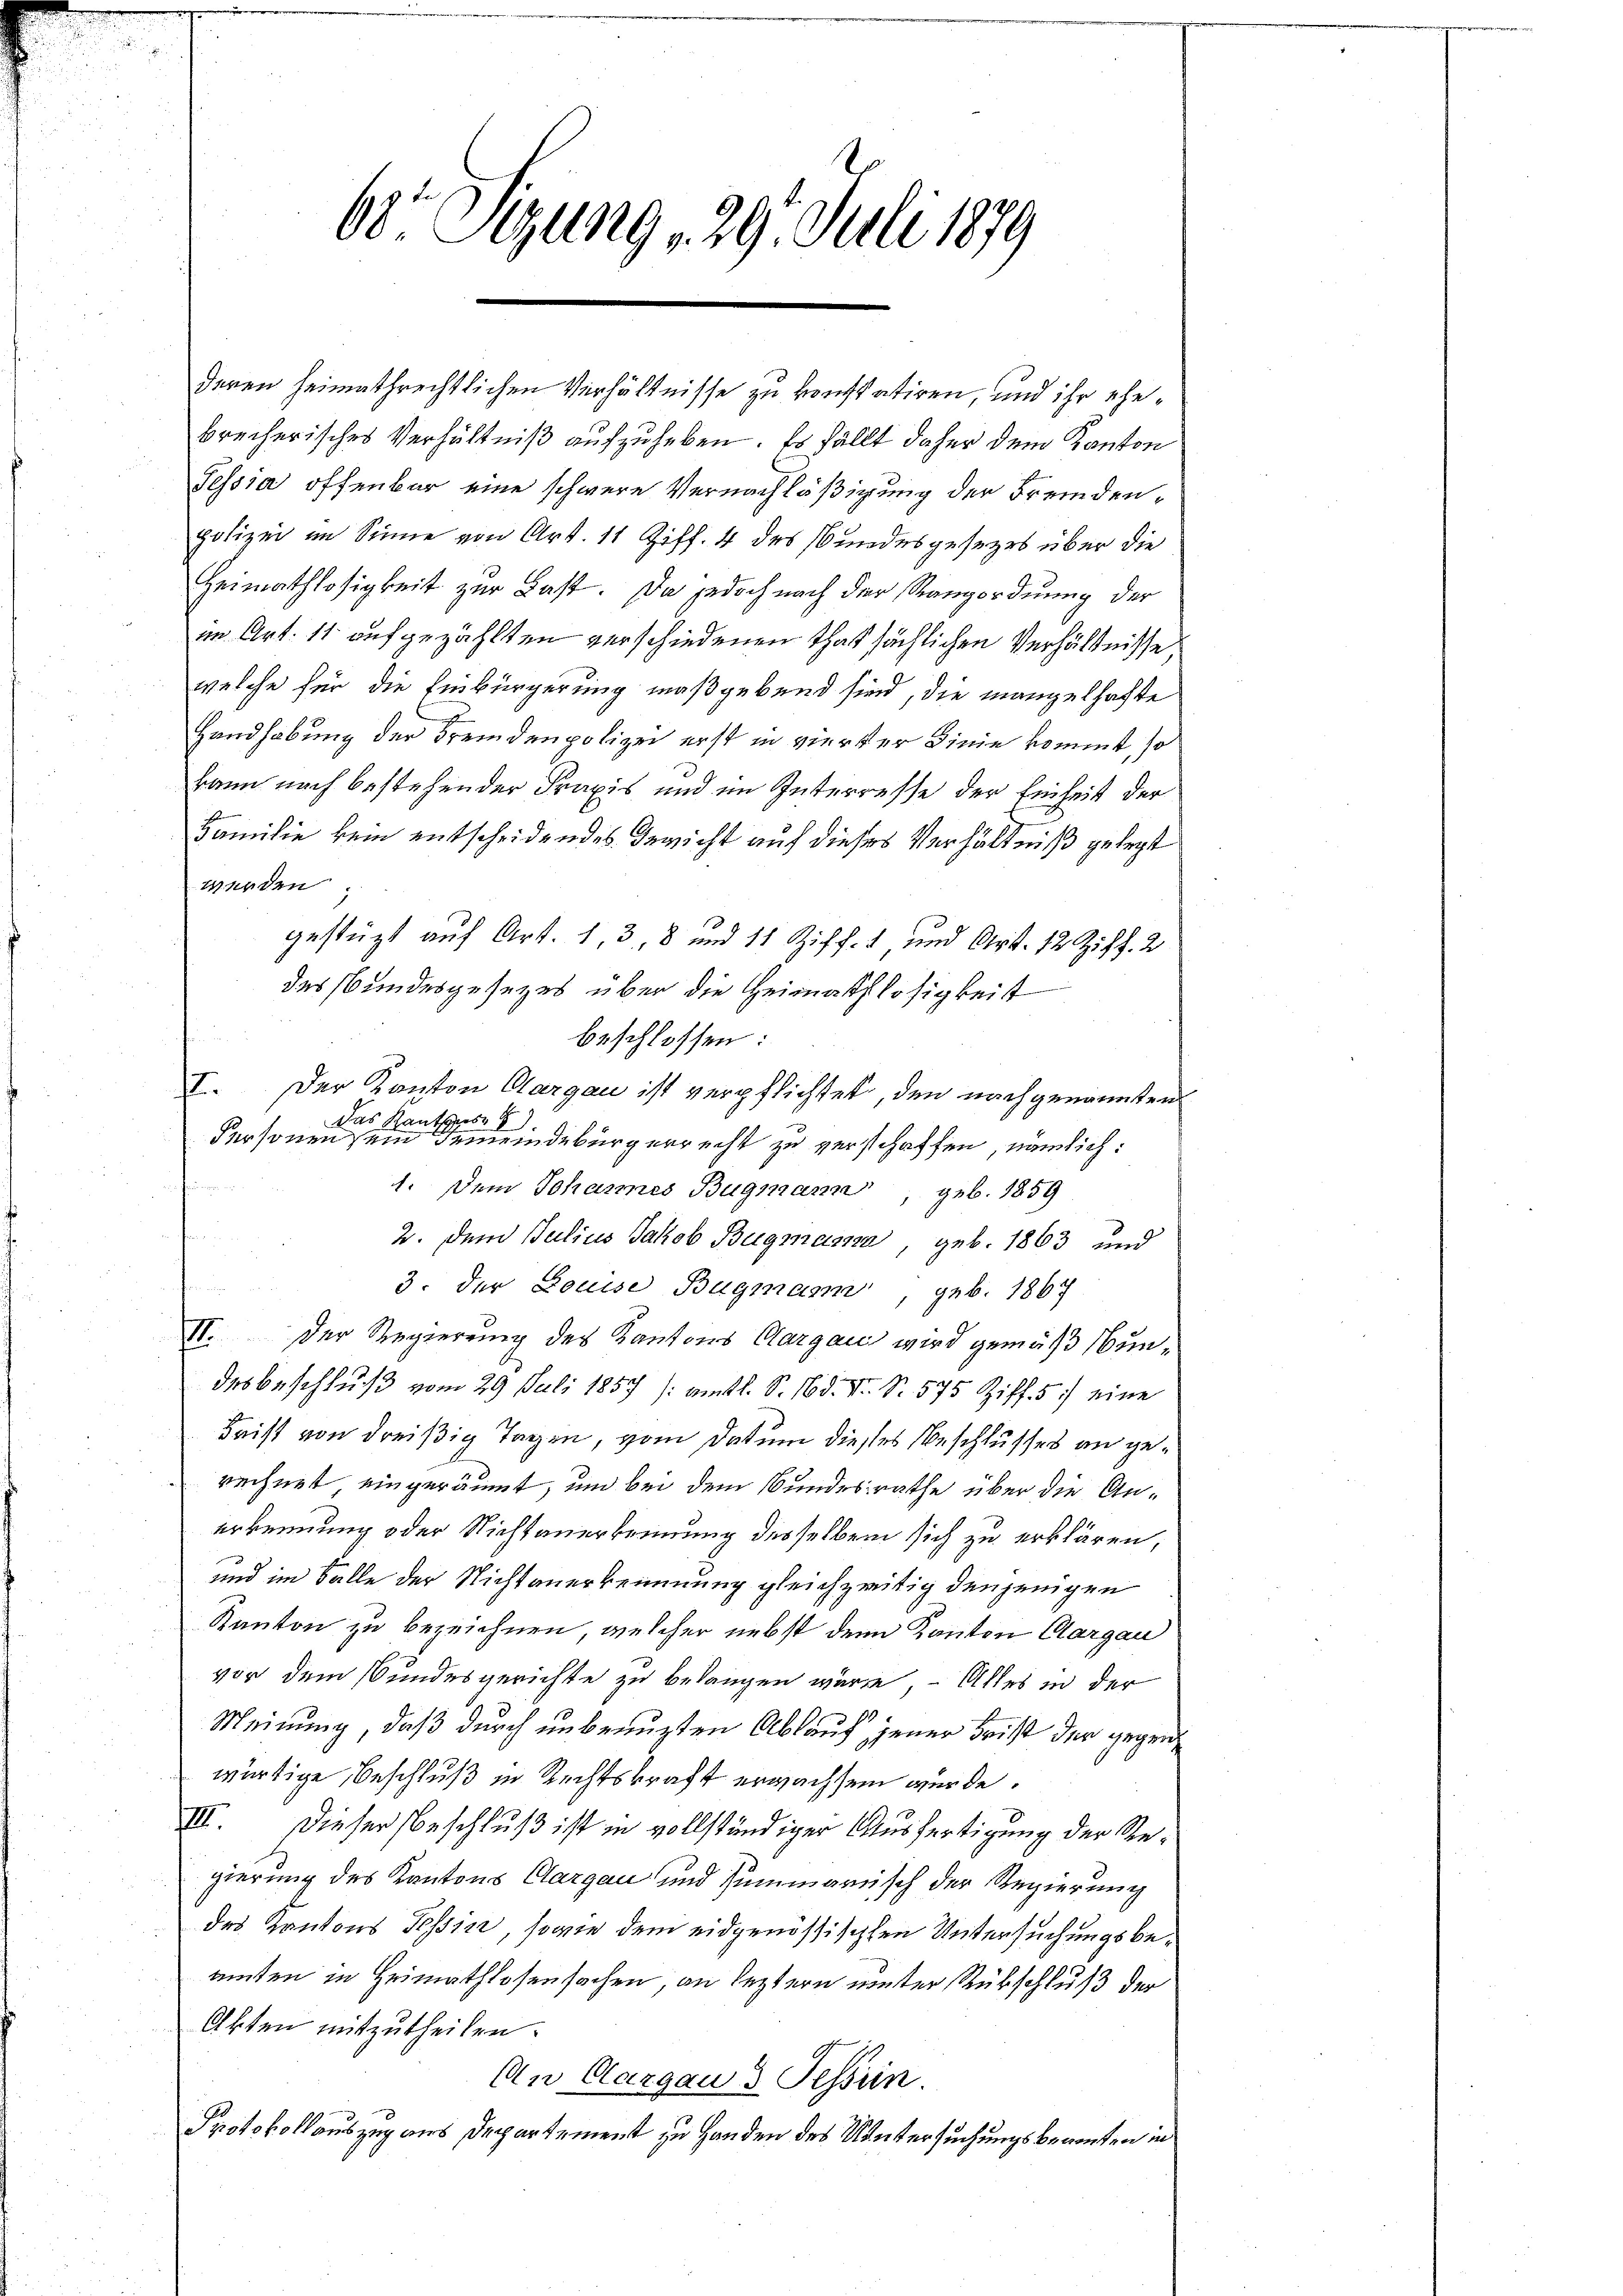
68. Sizung 29. Juli 1879

deren heimathrechtlichen Verhältnisse zu konstatiren, und ihr ehebrecherisches Verhältniß aufzuheben. Es fällt daher dem Kanton
Tessia offenbar eine schwere Vernachläßigung der Fremdenpolizei im Sinne von Art. 11 Ziff. 4 des Bundesgesetzes über die
Heimathlosigkeit zur Last. Da jedoch nach der Rangordnung der
im Art. 11 aufgezählten verschiedenen thatsächlichen Verhältnisse,
welche für die Einbürgerung maßgebend sind, die mangelhafte
Handhabung der Fremdenpolizei erst in verker Dinie kommt, so
kann nach bestehender Praxis und im Interresse der Einheit der
Familie kein entscheidendes Bericht auf dieses Verhältniß gelegt
werden
gestützt auf Art. 13, 8 und 11 Ziff. 1 und Art. 12 Ziff. 2
des Bundesgesetzes über die Heimathlosigkeit
beschlossen:
I. Der Kanton Aargau ist verpflichtet, den nach genannten
Das Kantons
Personen sein Gemeindebürgerrecht zu verschaffen, nämlich:
1. Dem Johannes Bugmann, geb. 1859
2. dem Julius Jakob Bugmanna, geb. 1863 und
3. der Louise Bagmann, geb. 1867
II. Der Regierung des Kantons Aargau wird gemäß undes Beschluß vom 29. Juli 1857 /: amtl. S. Bd. V. S. 575 Ziff. 5) eine
Frist von dreißig Tagen, vom Datum dieses Beschlusses an gerechnet eingeräumt, um bei dem Bundesrathe über die Anerkennung oder Nichtanerkennung desselben sich zu erklären,
und im Falle der Nichtanerkennung gleichzeitig denjenigen
Kanton zu bezeichnen, welcher nebst denn Kanton Aargau
vor dem Bundesgerichte zu belangen wäre, – Alles in der
Meinung, daß durch unbenuzten Ablauf jener Frist der gegenwärtige Beschluß in Rechtskraft erwachsen wurde.
III. Dieser Beschluß ist in vollständiger Ausfertigung der Regierung des Kantons Cargau und summarisch der Regierung
des Kantons Tessin, sowie dem eidgenössischen Untersuchungsbeamten in Heimathlosensachen, an leztern unter Rückschluß der
Akten mitzutheilen.
An Clargau & Fessein.
Protokollauszug aus Departement zu Handen des Untersuchungsbeamten in